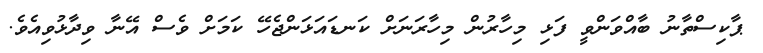
ޕާކިސްތާނު ބާއްވަންވީ ފަޅި މިހާރުން މިހާރަނަށް ކަނޑައަޅަންޖެހޭ ކަމަށް ވެސް އޭނާ ވިދާޅުވިއެވެ.